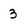
Character: 3